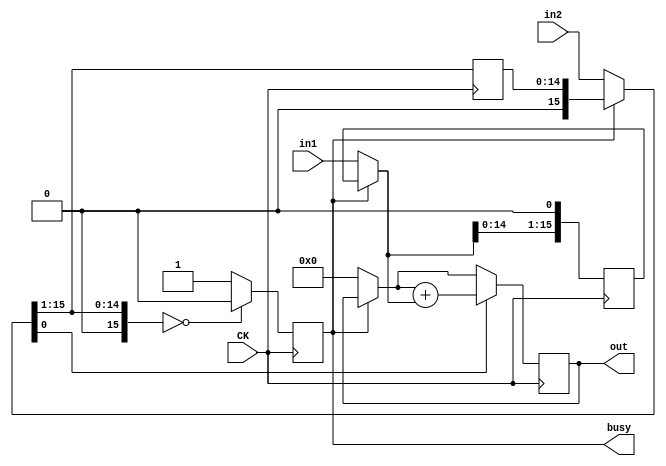
module muler(in1, in2, CK, out, busy);

	input		[15:0] in1, in2;
	input  		CK;
	
	output reg	[15:0] out;
	output reg  busy;

	reg[15:0] m1, m2;

	initial begin
		m1 = 16'h0000;
		m2 = 16'h0000;
		out= 16'h0000;
		busy = 1'b0;
	end

	always @(posedge CK) begin

		if(busy == 1'b0) begin
			//Initial all the variable.
			m1   = in1;
			m2   = in2;
			out  = 16'h0000;
			busy = 1'b1;
		end
		
		if(m2[0] == 1'b1) 
			out = out + m1;
		//If the last bit of m2 is 1, add the m1 to out.

		m1 = m1 << 1;
		m2 = m2 >> 1;

		if(m2 == 16'b0000) 
				busy = 1'b0;
		//Set the busy to zero , if all done.
	end

endmodule